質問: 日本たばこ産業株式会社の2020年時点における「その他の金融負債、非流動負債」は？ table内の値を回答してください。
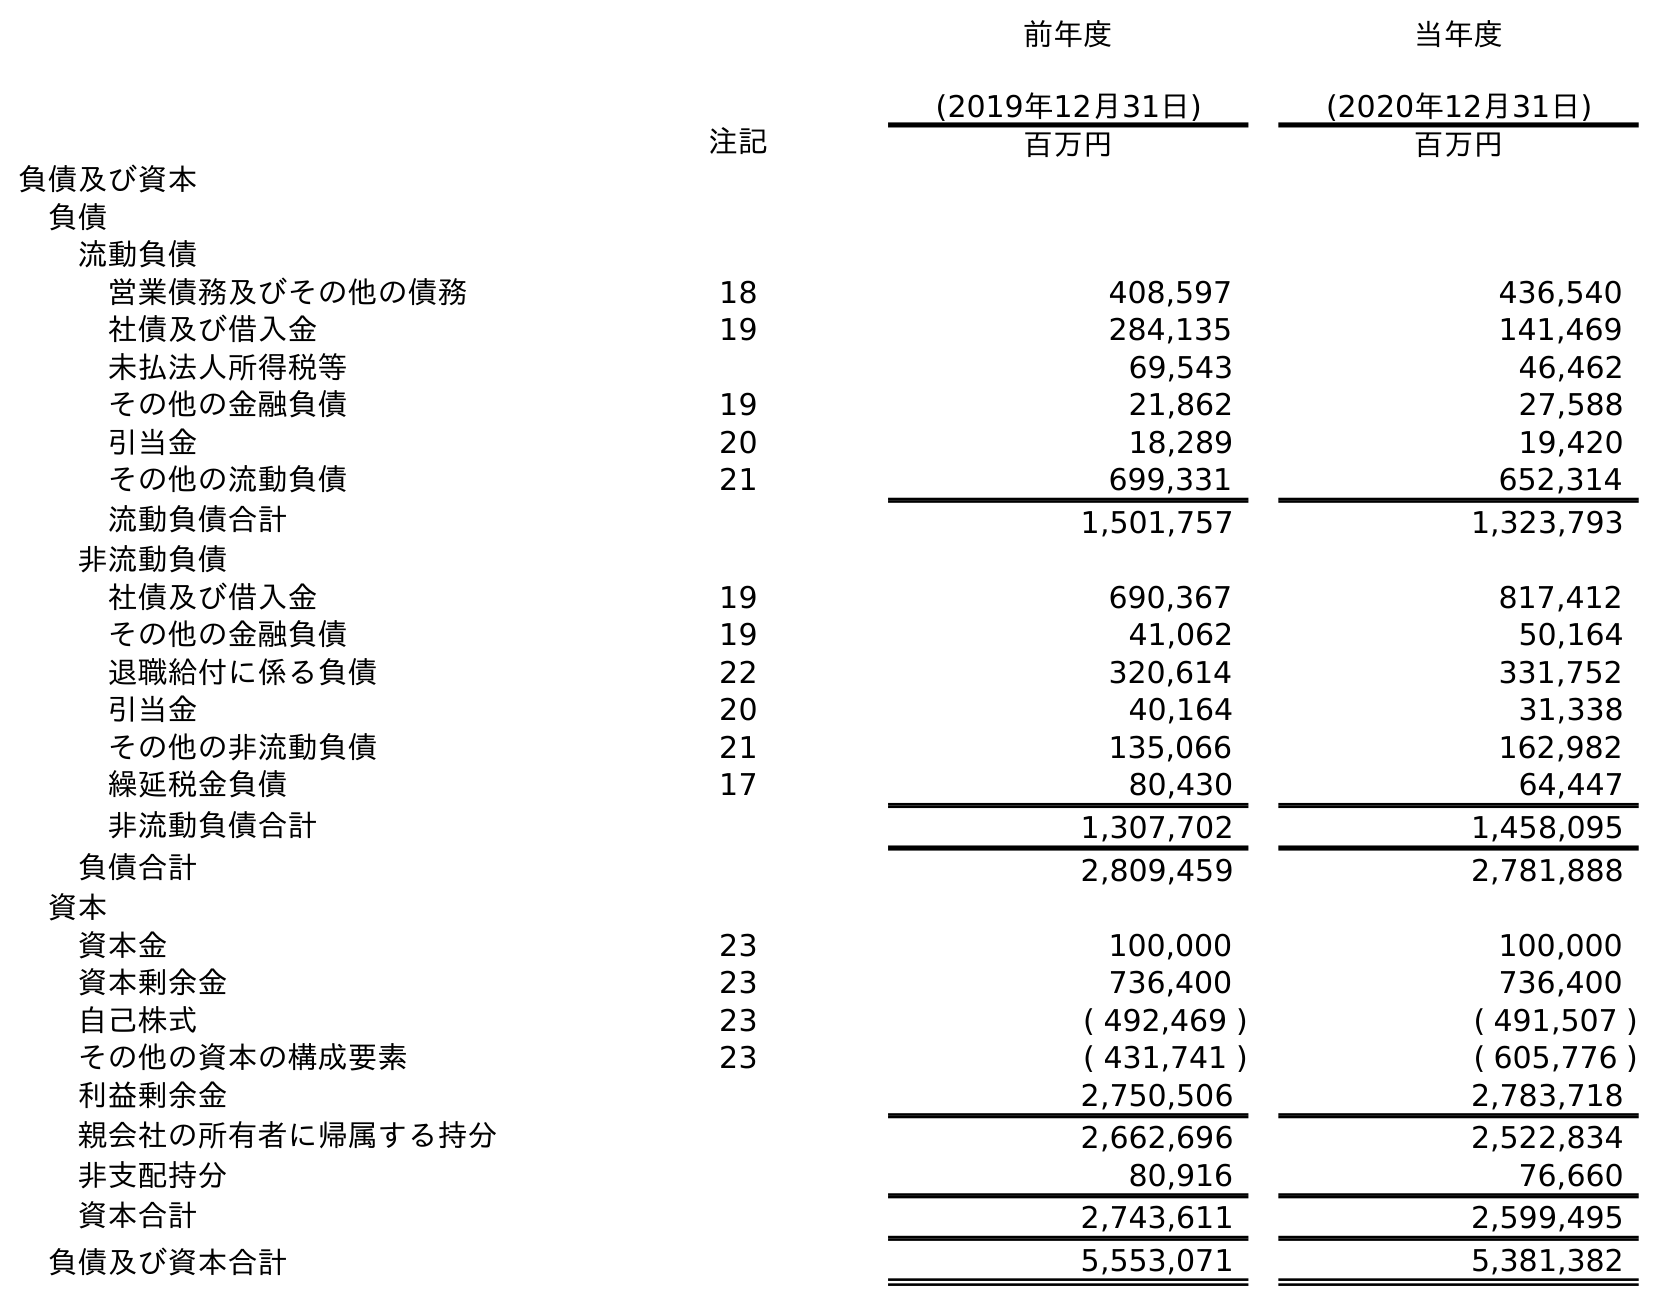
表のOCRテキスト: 前年度 (2019年12月31日) 当年度 (2020年12月31日) 注記 百万円 百万円 負債及び資本 負債 流動負債 営業債務及びその他の債務 18 408,597 436,540 社債及び借入金 19 284,135 141,469 未払法人所得税等 69,543 46,462 その他の金融負債 19 21,862 27,588 引当金 20 18,289 19,420 その他の流動負債 21 699,331 652,314 流動負債合計 1,501,757 1,323,793 非流動負債 社債及び借入金 19 690,367 817,412 その他の金融負債 19 41,062 50,164 退職給付に係る負債 22 320,614 331,752 引当金 20 40,164 31,338 その他の非流動負債 21 135,066 162,982 繰延税金負債 17 80,430 64,447 非流動負債合計 1,307,702 1,458,095 負債合計 2,809,459 2,781,888 資本 資本金 23 100,000 100,000 資本剰余金 23 736,400 736,400 自己株式 23 ( 492,469 ) ( 491,507 ) その他の資本の構成要素 23 ( 431,741 ) ( 605,776 ) 利益剰余金 2,750,506 2,783,718 親会社の所有者に帰属する持分 2,662,696 2,522,834 非支配持分 80,916 76,660 資本合計 2,743,611 2,599,495 負債及び資本合計 5,553,071 5,381,382
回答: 50,164